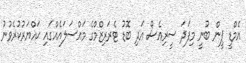
އެމްޑީ ޕީން ބުނީ މިފަދަ ސީރިއެސް އަދި ބޮޑު ޓެރަރިޒްމްގެ މައްސަލައެއްގައި ޙައްޔަރުކުރެވުނު